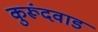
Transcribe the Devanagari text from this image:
कुरूंदवाड